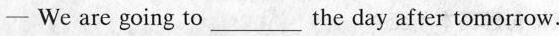
- We are going to ___the day after tomorrow.